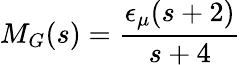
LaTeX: M_{G}(s)={\frac{\epsilon_{\mu}(s+2)}{s+4}}